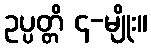
ဥပ္ပတ္တိ ၄-မျိုး။